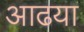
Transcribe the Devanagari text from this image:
आढया